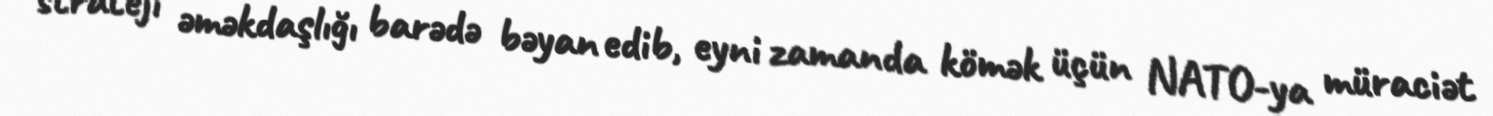
strateji əməkdaşlığı barədə bəyan edib, eyni zamanda kömək üçün NATO-ya müraciət